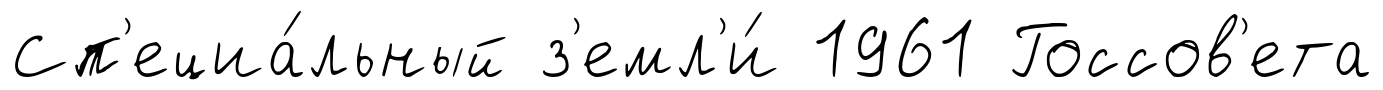
Сп'ециа́льный з'емл'и́ 1961 Госсов'ета